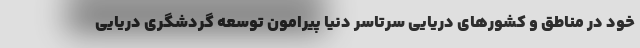
خود در مناطق و کشورهای دریایی سرتاسر دنیا پیرامون توسعه گردشگری دریایی